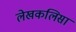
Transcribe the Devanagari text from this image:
लेखकलिसा